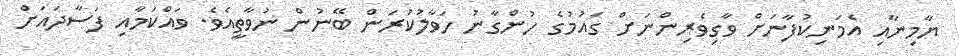
ޔާމިނާއި އެމަނިކުފާނަށް ވާގިވެރިންނަށް ގައުމުގެ ހުންގާނު ހަވާލުކުރަން ބޭނުން ނުވާތީއެވެ. ވައްކަމާއި ފަސާދައަށް